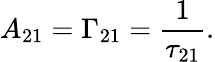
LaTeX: A_{21}=\Gamma_{21}={\frac{1}{\tau_{21}}}.